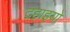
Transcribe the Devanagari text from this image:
दहाइयों